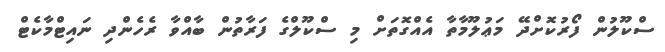
ސްކޫލުން ފޯރުކޮށްދޭ މަޢުލޫމާތާ އެއްގޮތަށް މި ސްކޫލްގެ ފަރާތުން ބާއްވާ ރެހެންދި ނައިޓްމާކެޓް